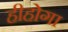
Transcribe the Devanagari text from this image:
हीहोगा